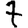
Digit: 7